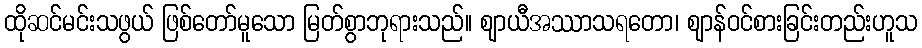
ထိုဆင်မင်းသဖွယ် ဖြစ်တော်မူသော မြတ်စွာဘုရားသည်။ ဈာယီအဿာသရတော၊ ဈာန်ဝင်စားခြင်းတည်းဟူသ